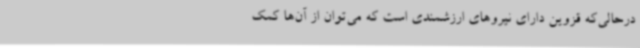
درحالی‌که قزوین دارای نیروهای ارزشمندی است که می‌توان از آن‌ها کمک